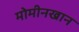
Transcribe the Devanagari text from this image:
मोमीनखान